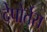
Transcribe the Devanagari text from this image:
देपोर्तेस